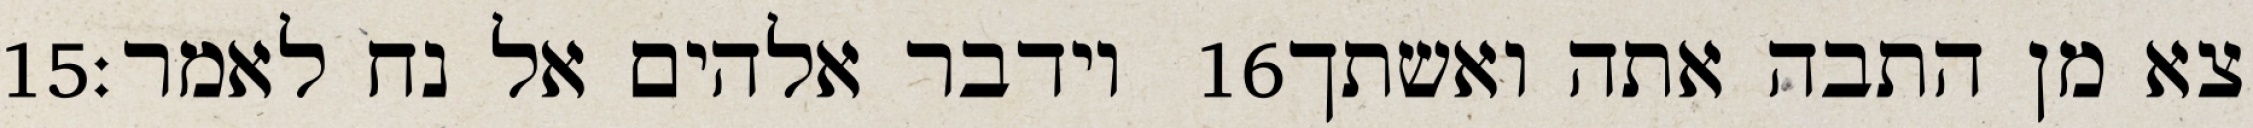
‎15‏ וידבר אלהים אל נח לאמר׃ ‎16‏ צא מן התבה אתה ואשתך